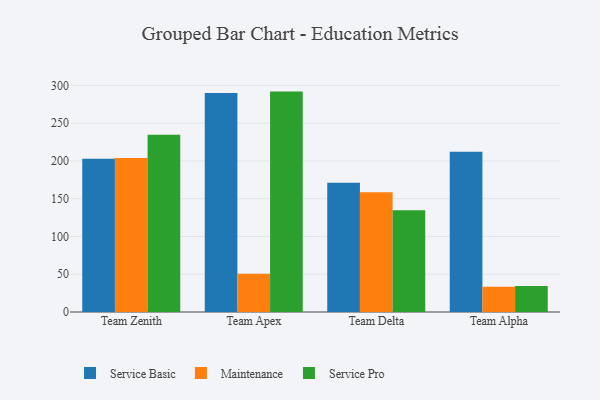
{"axis": {"x": "Team", "y": "Revenue (USD Million)"}, "legend": ["Maintenance", "Service Basic", "Service Pro"], "data": [{"x": "Team Zenith", "y": 202.8, "type": "Service Basic"}, {"x": "Team Zenith", "y": 204.0, "type": "Maintenance"}, {"x": "Team Zenith", "y": 234.8, "type": "Service Pro"}, {"x": "Team Apex", "y": 290.0, "type": "Service Basic"}, {"x": "Team Apex", "y": 50.6, "type": "Maintenance"}, {"x": "Team Apex", "y": 291.8, "type": "Service Pro"}, {"x": "Team Delta", "y": 171.0, "type": "Service Basic"}, {"x": "Team Delta", "y": 158.6, "type": "Maintenance"}, {"x": "Team Delta", "y": 134.7, "type": "Service Pro"}, {"x": "Team Alpha", "y": 212.1, "type": "Service Basic"}, {"x": "Team Alpha", "y": 33.4, "type": "Maintenance"}, {"x": "Team Alpha", "y": 34.5, "type": "Service Pro"}]}